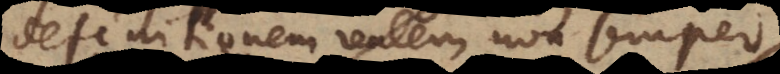
definitionem realem non semper